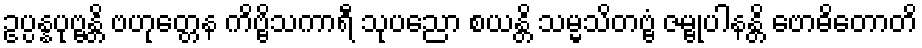
ဥပ္ပန္နပုဗ္ဗန္တိ ဗဟုတ္တေန ကိဗ္ဗိသကာရီ သုပညော စယန္တိ သမ္မသိတဗ္ဗံ ဇမ္ဗုပါနန္တိ ဗောဓိတောတိ